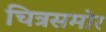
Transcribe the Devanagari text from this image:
चित्रसमोर